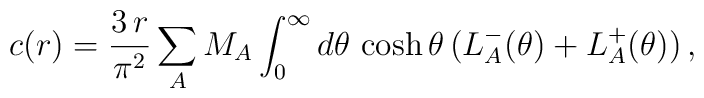
c(r)=\frac{3\,r}{\pi ^{2}}\sum_{A}M_{A}\int\nolimits_{0}^{\infty }d\theta\,\cosh \theta \,(L_{A}^{-}(\theta )+L_{A}^{+}(\theta ))\,,